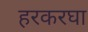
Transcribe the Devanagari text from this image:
हरकरघा